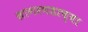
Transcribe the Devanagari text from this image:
सागरगडाच्या